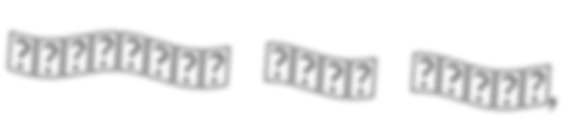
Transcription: المستقبل لكرة القدم,